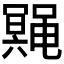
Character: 𱌆